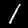
Digit: 1